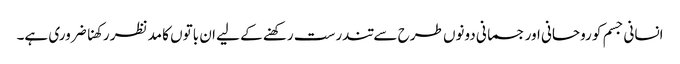
انسانی جسم کو روحانی اور جسمانی دونوں طرح سے تندرست رکھنے کے لیے ان باتوں کا مدنظر رکھنا ضروری ہے۔